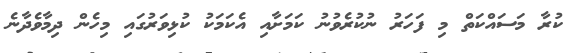
ކުރާ މަސައްކަތް މި ފަހަރު ނުކުރެވުނު ކަމަށާއި އެކަމަކު ކުޅިވަރުގައި މިހެން ދިމާވެދާނެ